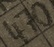
Text: 470